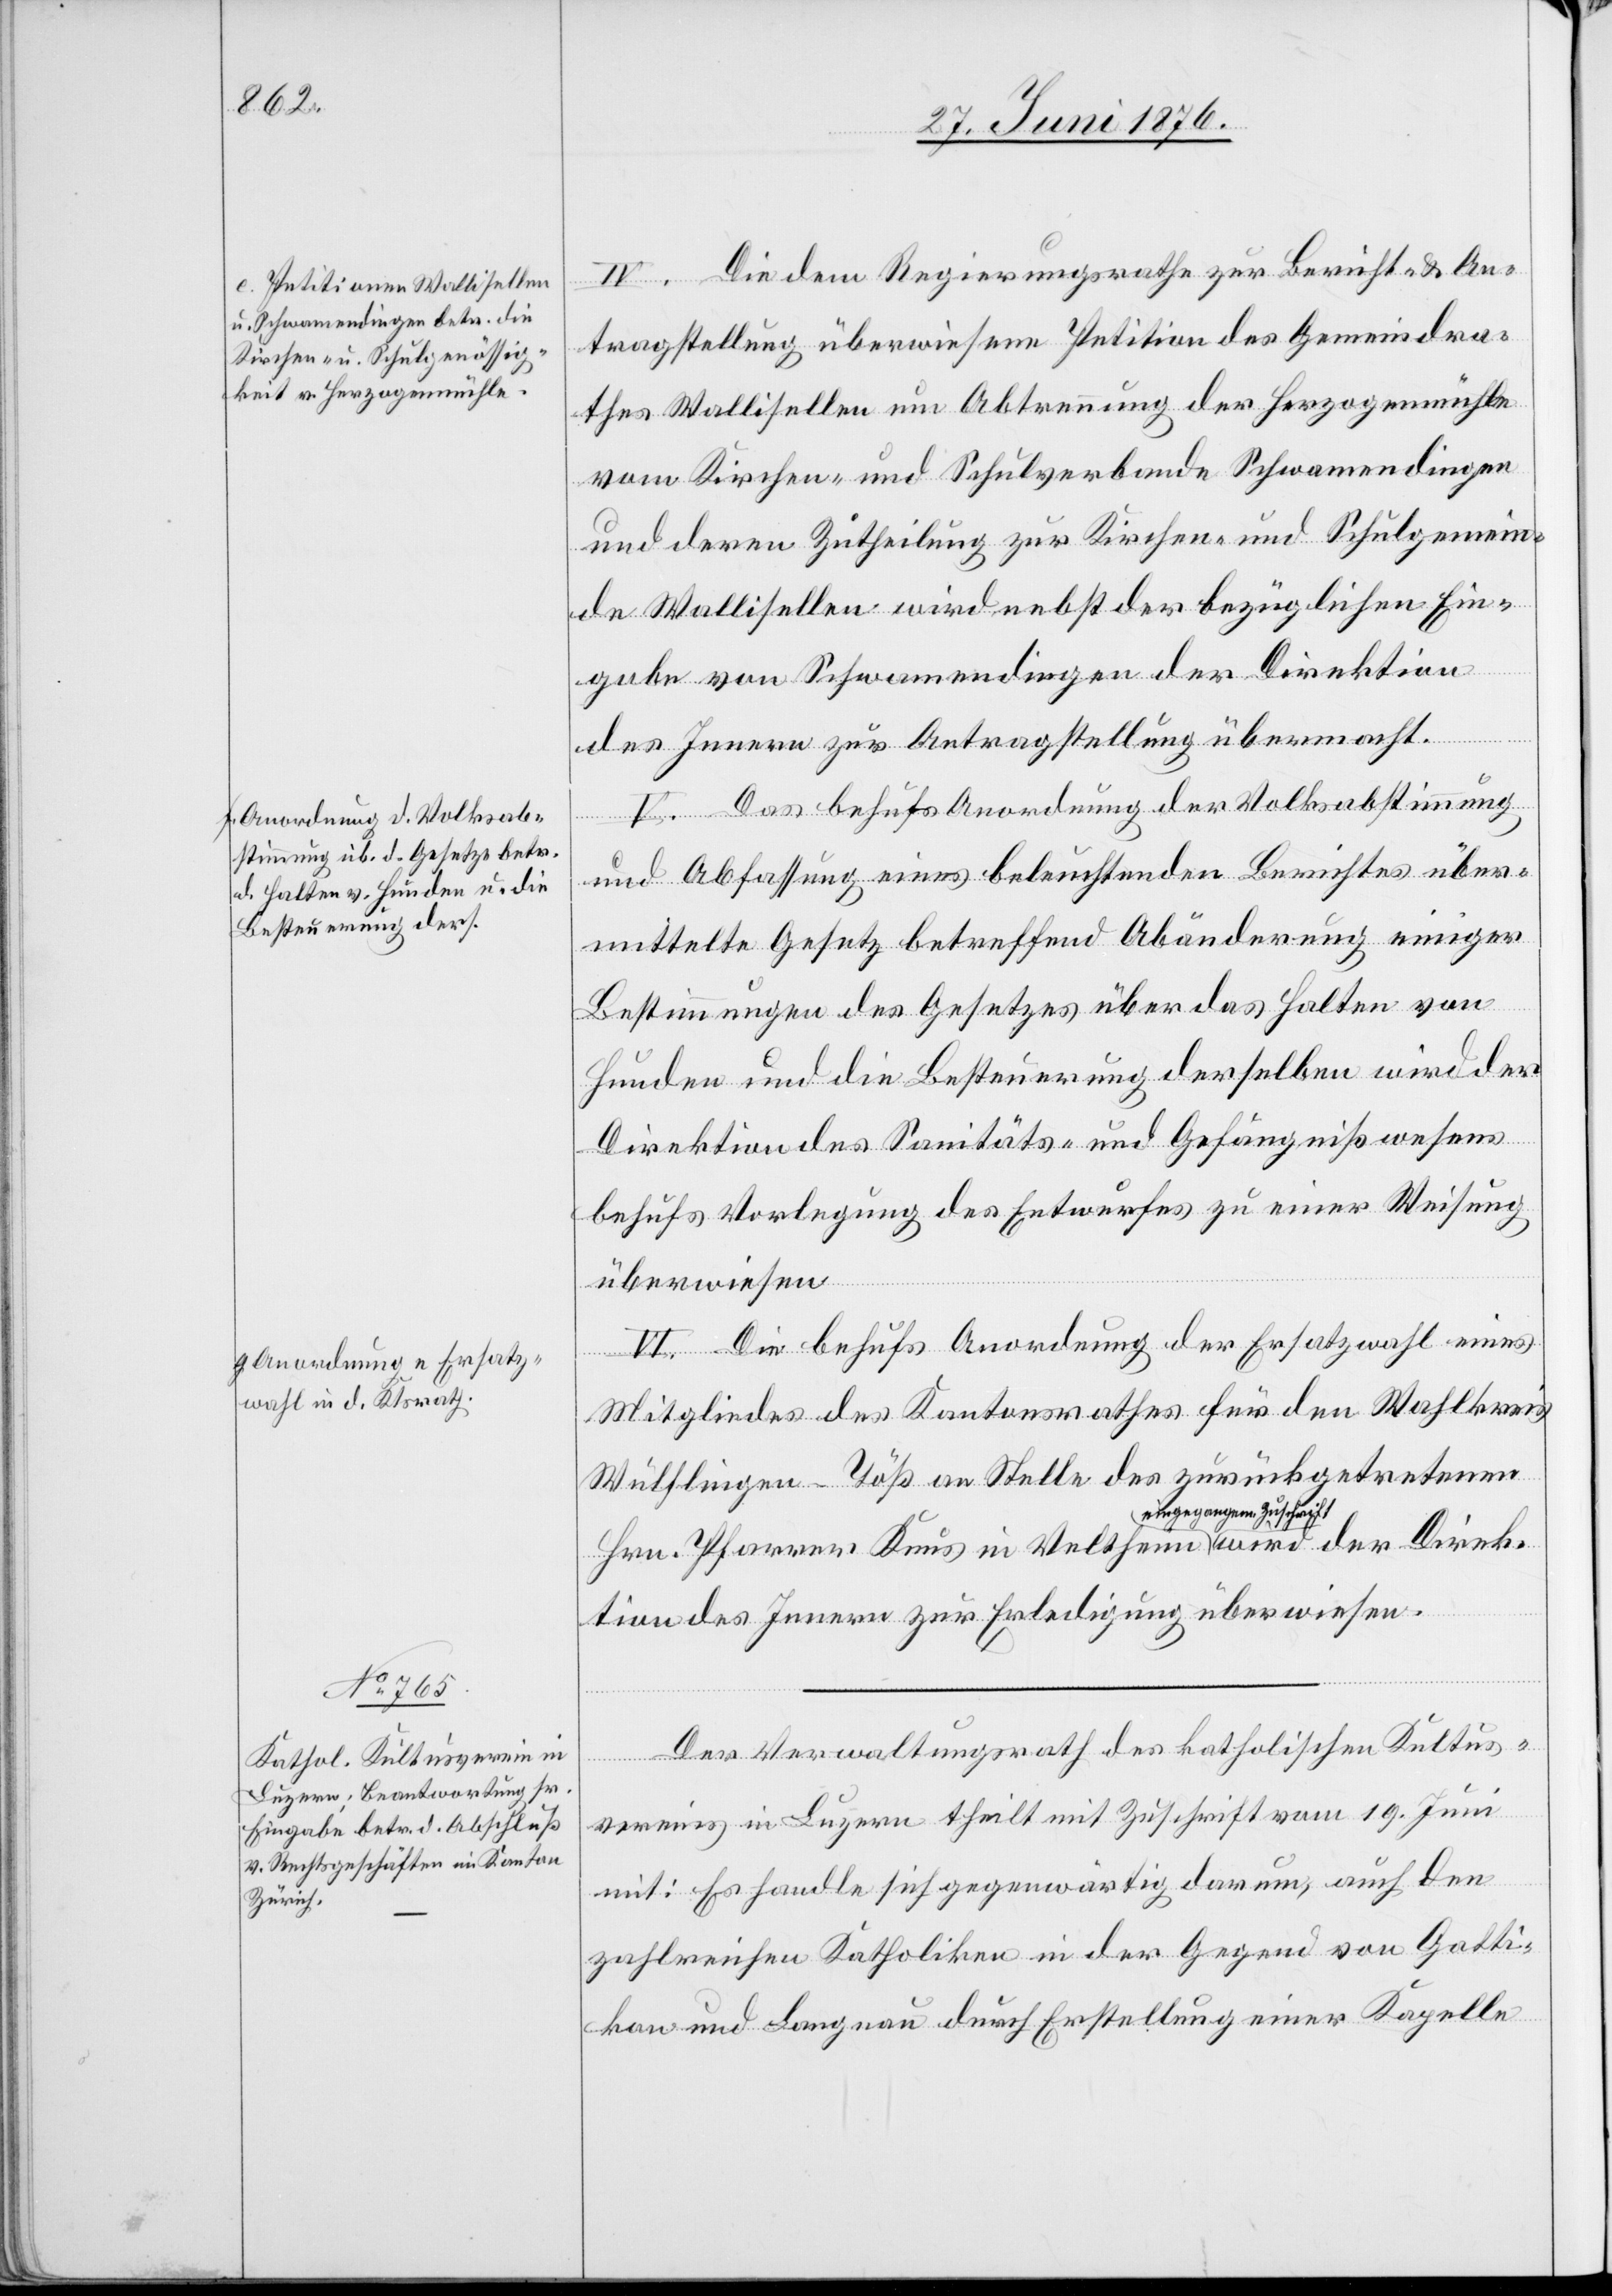
2.212

IV. Die dem Regierungsrathe zur Bericht- & An¬
tragstellung überwiesene Petition des Gemeindra¬
thes Wallisellen um Abtrennung der Herzogenmühle
vom Kirchen- und Schulverbande Schwammendingen
und deren Zutheilung zur Kirchen- und Schulgemein¬
de Wallisellen wird nebst der bezüglichen Ein¬
gabe von Schwamendingen der Direktion
der Direk¬
des Innern zur Antragstellung übermacht.
V. Das behufs Anordnung der Volksabstimmung
wird
und Abfassung eines beleuchtenden Berichtes über¬
mittelte Gesetz betreffend Abänderung einiger
Bestimmungen des Gesetzes über das Halten von
Hunden und die Besteuerung derselben wird der
Direktion des Sanitäts- und Gefängnißwesens
behufs Vorlegung des Entwurfes zu einer Weisung
überwiesen.
VI. Die behufs Anordnung der Ersatzwahl eines
Mitgliedes des Kantonsrathes für den Wahlkreis
Wülflingen - Töß an Stelle des zurückgetretenen
eingegangene Zuschrift
tion des Innern zur Erledigung überwiesen.
Der Verwaltungsrath des katholischen Kultus¬
vereins in Luzern theilt mit Zuschrift vom 19. Juni
mit: Es handle sich gegenwärtig darum, auch den
zahlreichen Katholiken in der Gegend von Gatti¬
kon und Langnau durch Erstellung einer Kapelle